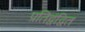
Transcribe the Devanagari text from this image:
प्रतिद्वंद्वित